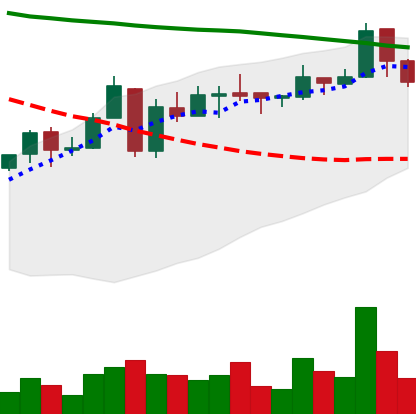
Ticker: ETC-USD
Chart end date: 2018-05-08
Forward return: -16.646%
Label: down_7plus